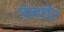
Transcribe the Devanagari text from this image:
फेवरीट